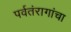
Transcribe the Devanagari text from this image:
पर्वतंरागांचा